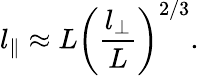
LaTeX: l_{\| }\approx L\left(\frac{l_{\perp}}{L}\right)^{2/3}.